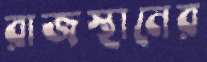
রাজস্থানের